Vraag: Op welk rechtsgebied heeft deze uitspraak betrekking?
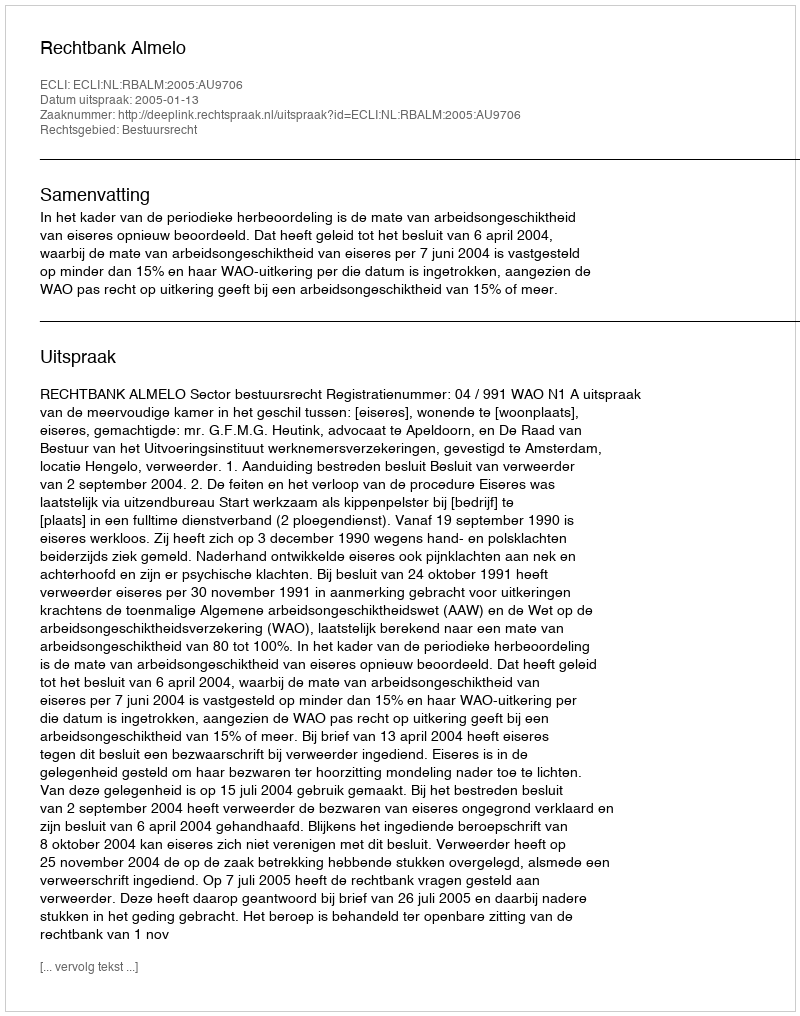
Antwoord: Bestuursrecht